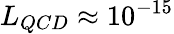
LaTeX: L_{QCD}\approx 10^{-15}